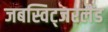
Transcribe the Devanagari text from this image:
जबस्विट्जरलैंड